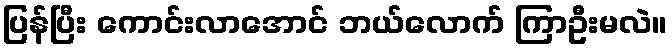
ပြန်ပြီး ကောင်းလာအောင် ဘယ်လောက် ကြာဦးမလဲ။